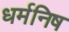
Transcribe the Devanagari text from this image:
धर्मनिष